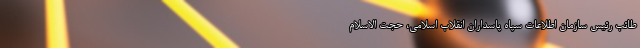
طائب رئیس سازمان اطلاعات سپاه پاسداران انقلاب اسلامی، حجت الاسلام